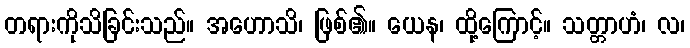
တရားကိုသိခြင်းသည်။ အဟောသိ၊ ဖြစ်၏။ ယေန၊ ထို့ကြောင့်။ သတ္တာဟံ၊ လ၊